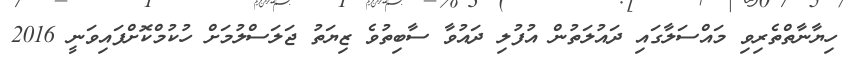
ހިޔާނާތްތެރިވި މައްސަލާގައި ދައުލަތުން އުފުލި ދައުވާ ސާބިތުވެ ޒިޔަތު ޖަލަސްލުމަށް ހުކުމްކޮށްފައިވަނީ 2016